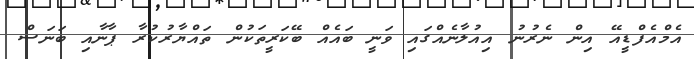
އެމްއެފްޑީއޭ އިން ނެރުނު އިއުލާނެއްގައި ވަނީ ބައެއް ބޭކަރީތަކުން ތައްޔާރުކުރާ ޕާނާއި ބަނަސް